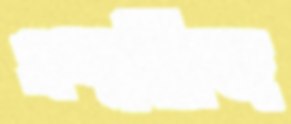
এম্প্লয়িজ